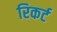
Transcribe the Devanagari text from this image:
रिकर्ट